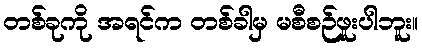
တစ်ခုကို အရင်က တစ်ခါမှ မစီစဉ်ဖူးပါဘူး။